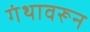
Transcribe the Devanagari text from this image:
गंथावरून